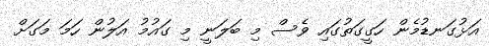
އަޅުގަނޑުމެން ހަގީގަތުގައި ވެސް މި ބަލަނީ މި ގައުމު އަލުން ހަމަ މަގަށް